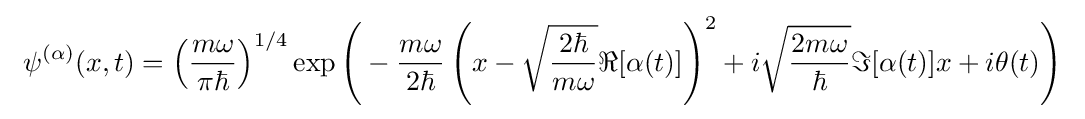
~\psi ^{(\alpha )}(x,t)=\left({\frac {m\omega }{\pi \hbar }}\right)^{1/4}\exp {\Bigg (}-{\frac {m\omega }{2\hbar }}\left(x-{\sqrt {\frac {2\hbar }{m\omega }}}\Re [\alpha (t)]\right)^{2}+i{\sqrt {\frac {2m\omega }{\hbar }}}\Im [\alpha (t)]x+i\theta (t){\Bigg )}~